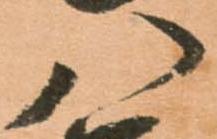
八